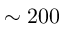
\sim 2 0 0